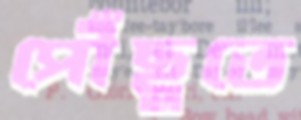
পৌঁছুতে